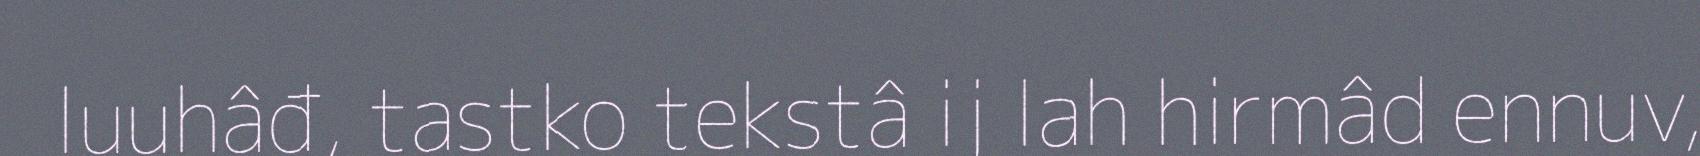
luuhâđ, tastko tekstâ ij lah hirmâd ennuv,